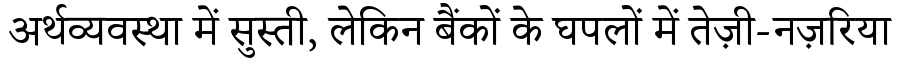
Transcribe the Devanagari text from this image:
अर्थव्यवस्था में सुस्ती, लेकिन बैंकों के घपलों में तेज़ी-नज़रिया